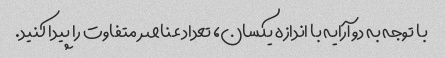
با توجه به دو آرایه با اندازه یکسان، تعداد عناصر متفاوت را پیدا کنید.